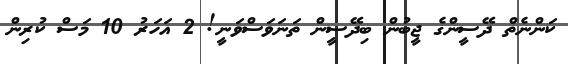
ކަންނެތް ދޭސީންގެ ޖީބުން ބިދޭސީން ތަނަވަސްވަނީ! 2 އަހަރު 10 މަސް ކުރިން